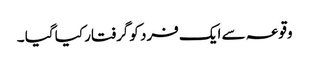
وقوعہ سے ایک فرد کوگرفتار کیا گیا ۔